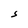
Character: S